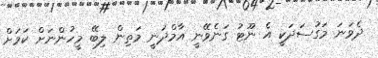
ދެވަނަ މަގުސަދަކީ އެ ނޫޓު ގަނެވޭނީ އާމްދަނީ މަތިން ލިބޭ މީހުންނަށް ކަމަށް